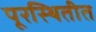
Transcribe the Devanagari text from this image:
पूरस्थितीत